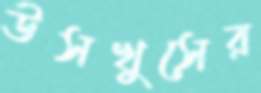
উসখুসের